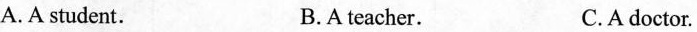
A.A student. B.Ateacher. C.A doctor.